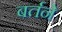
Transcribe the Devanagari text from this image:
बर्तने